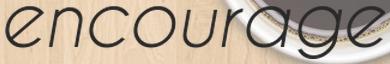
encourage